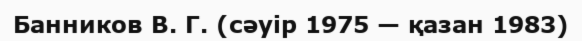
Банников В. Г. (сәуір 1975 — қазан 1983)